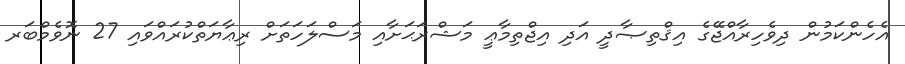
އެހެންކަމުން ދިވެހިރާއްޖޭގެ އިޤްތިޞާދީ އަދި އިޖްތިމާޢީ މަޝްރަޙަށާއި މަސްލަހަތަށް ރިޢާޔަތްކުރައްވައި 27 ނޮވެމްބަރ